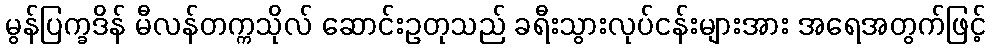
မွန်ပြက္ခဒိန် မီလန်တက္ကသိုလ် ဆောင်းဥတုသည် ခရီးသွားလုပ်ငန်းများအား အရေအတွက်ဖြင့်